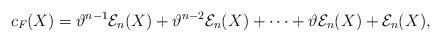
LaTeX: \begin{align*}c_{\emph{F}}(X)=\vartheta^{n-1}\mathcal{E}_n(X) +\vartheta^{n-2}\mathcal{E}_n(X)+\cdots + \vartheta\mathcal{E}_n(X)+\mathcal{E}_n(X),\end{align*}